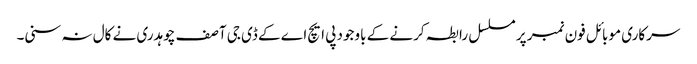
سرکاری موبائل فون نمبر پر مسلسل رابطہ کرنے کے باوجود پی ایچ اے کے ڈی جی آصف چوہدری نے کال نہ سنی۔